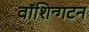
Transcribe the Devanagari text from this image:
वॉशिन्गटन